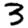
Digit: 3